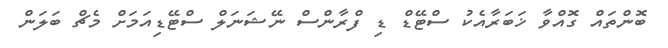
ބޮންތައް ގޮއްވާ ޚަބަރާއެކު ސްޓޭޑް ޑި ފްރާންސް ނޭޝަނަލް ސްޓޭޑިއަމަށް މެޗް ބަލަން